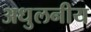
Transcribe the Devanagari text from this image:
अधुलनीय